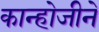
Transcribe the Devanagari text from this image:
कान्होजीने